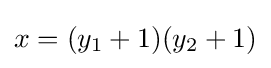
x=(y_{1}+1)(y_{2}+1)